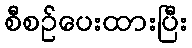
စီစဉ်ပေးထားပြီး